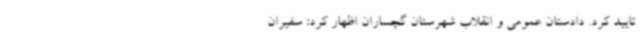
تایید کرد. دادستان عمومی و انقلاب شهرستان گچساران اظهار کرد: سفیران